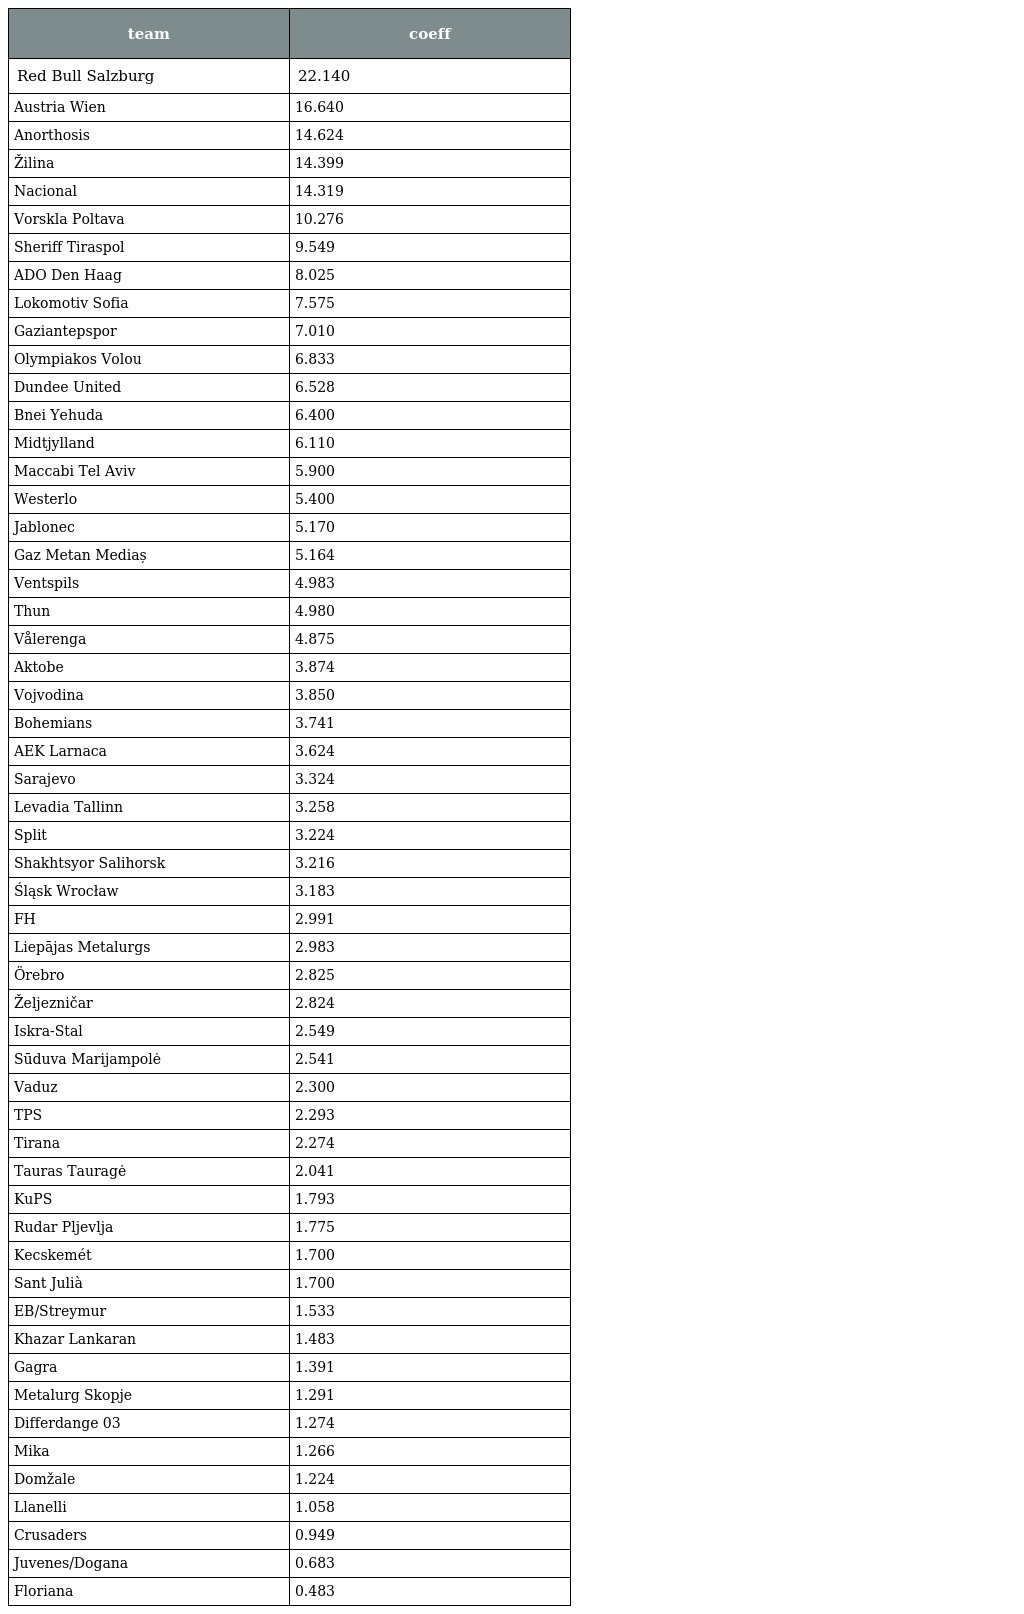
| team | coeff |
 | --- | --- |
 | Red Bull Salzburg | 22.140 |
 | Austria Wien | 16.640 |
 | Anorthosis | 14.624 |
 | Žilina | 14.399 |
 | Nacional | 14.319 |
 | Vorskla Poltava | 10.276 |
 | Sheriff Tiraspol | 9.549 |
 | ADO Den Haag | 8.025 |
 | Lokomotiv Sofia | 7.575 |
 | Gaziantepspor | 7.010 |
 | Olympiakos Volou | 6.833 |
 | Dundee United | 6.528 |
 | Bnei Yehuda | 6.400 |
 | Midtjylland | 6.110 |
 | Maccabi Tel Aviv | 5.900 |
 | Westerlo | 5.400 |
 | Jablonec | 5.170 |
 | Gaz Metan Mediaș | 5.164 |
 | Ventspils | 4.983 |
 | Thun | 4.980 |
 | Vålerenga | 4.875 |
 | Aktobe | 3.874 |
 | Vojvodina | 3.850 |
 | Bohemians | 3.741 |
 | AEK Larnaca | 3.624 |
 | Sarajevo | 3.324 |
 | Levadia Tallinn | 3.258 |
 | Split | 3.224 |
 | Shakhtsyor Salihorsk | 3.216 |
 | Śląsk Wrocław | 3.183 |
 | FH | 2.991 |
 | Liepājas Metalurgs | 2.983 |
 | Örebro | 2.825 |
 | Željezničar | 2.824 |
 | Iskra-Stal | 2.549 |
 | Sūduva Marijampolė | 2.541 |
 | Vaduz | 2.300 |
 | TPS | 2.293 |
 | Tirana | 2.274 |
 | Tauras Tauragė | 2.041 |
 | KuPS | 1.793 |
 | Rudar Pljevlja | 1.775 |
 | Kecskemét | 1.700 |
 | Sant Julià | 1.700 |
 | EB/Streymur | 1.533 |
 | Khazar Lankaran | 1.483 |
 | Gagra | 1.391 |
 | Metalurg Skopje | 1.291 |
 | Differdange 03 | 1.274 |
 | Mika | 1.266 |
 | Domžale | 1.224 |
 | Llanelli | 1.058 |
 | Crusaders | 0.949 |
 | Juvenes/Dogana | 0.683 |
 | Floriana | 0.483 |